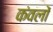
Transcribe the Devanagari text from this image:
कंवलों